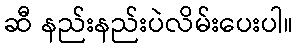
ဆီ နည်းနည်းပဲလိမ်းပေးပါ။